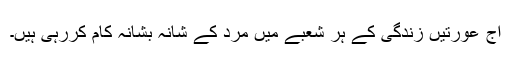
آج عورتیں زندگی کے ہر شعبے میں مرد کے شانہ بشانہ کام کررہی ہیں۔